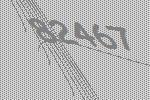
82467